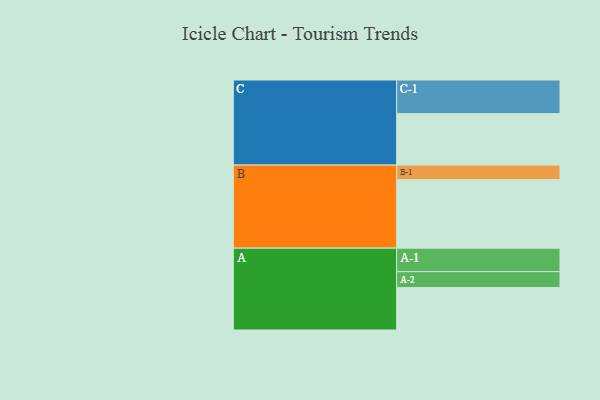
{"axis": {"x": "Segment", "y": "Value"}, "legend": ["", "A", "B", "C"], "data": [{"x": "A", "y": 343, "type": ""}, {"x": "B", "y": 554, "type": ""}, {"x": "C", "y": 416, "type": ""}, {"x": "A-1", "y": 190, "type": "A"}, {"x": "A-2", "y": 129, "type": "A"}, {"x": "B-1", "y": 118, "type": "B"}, {"x": "C-1", "y": 272, "type": "C"}]}